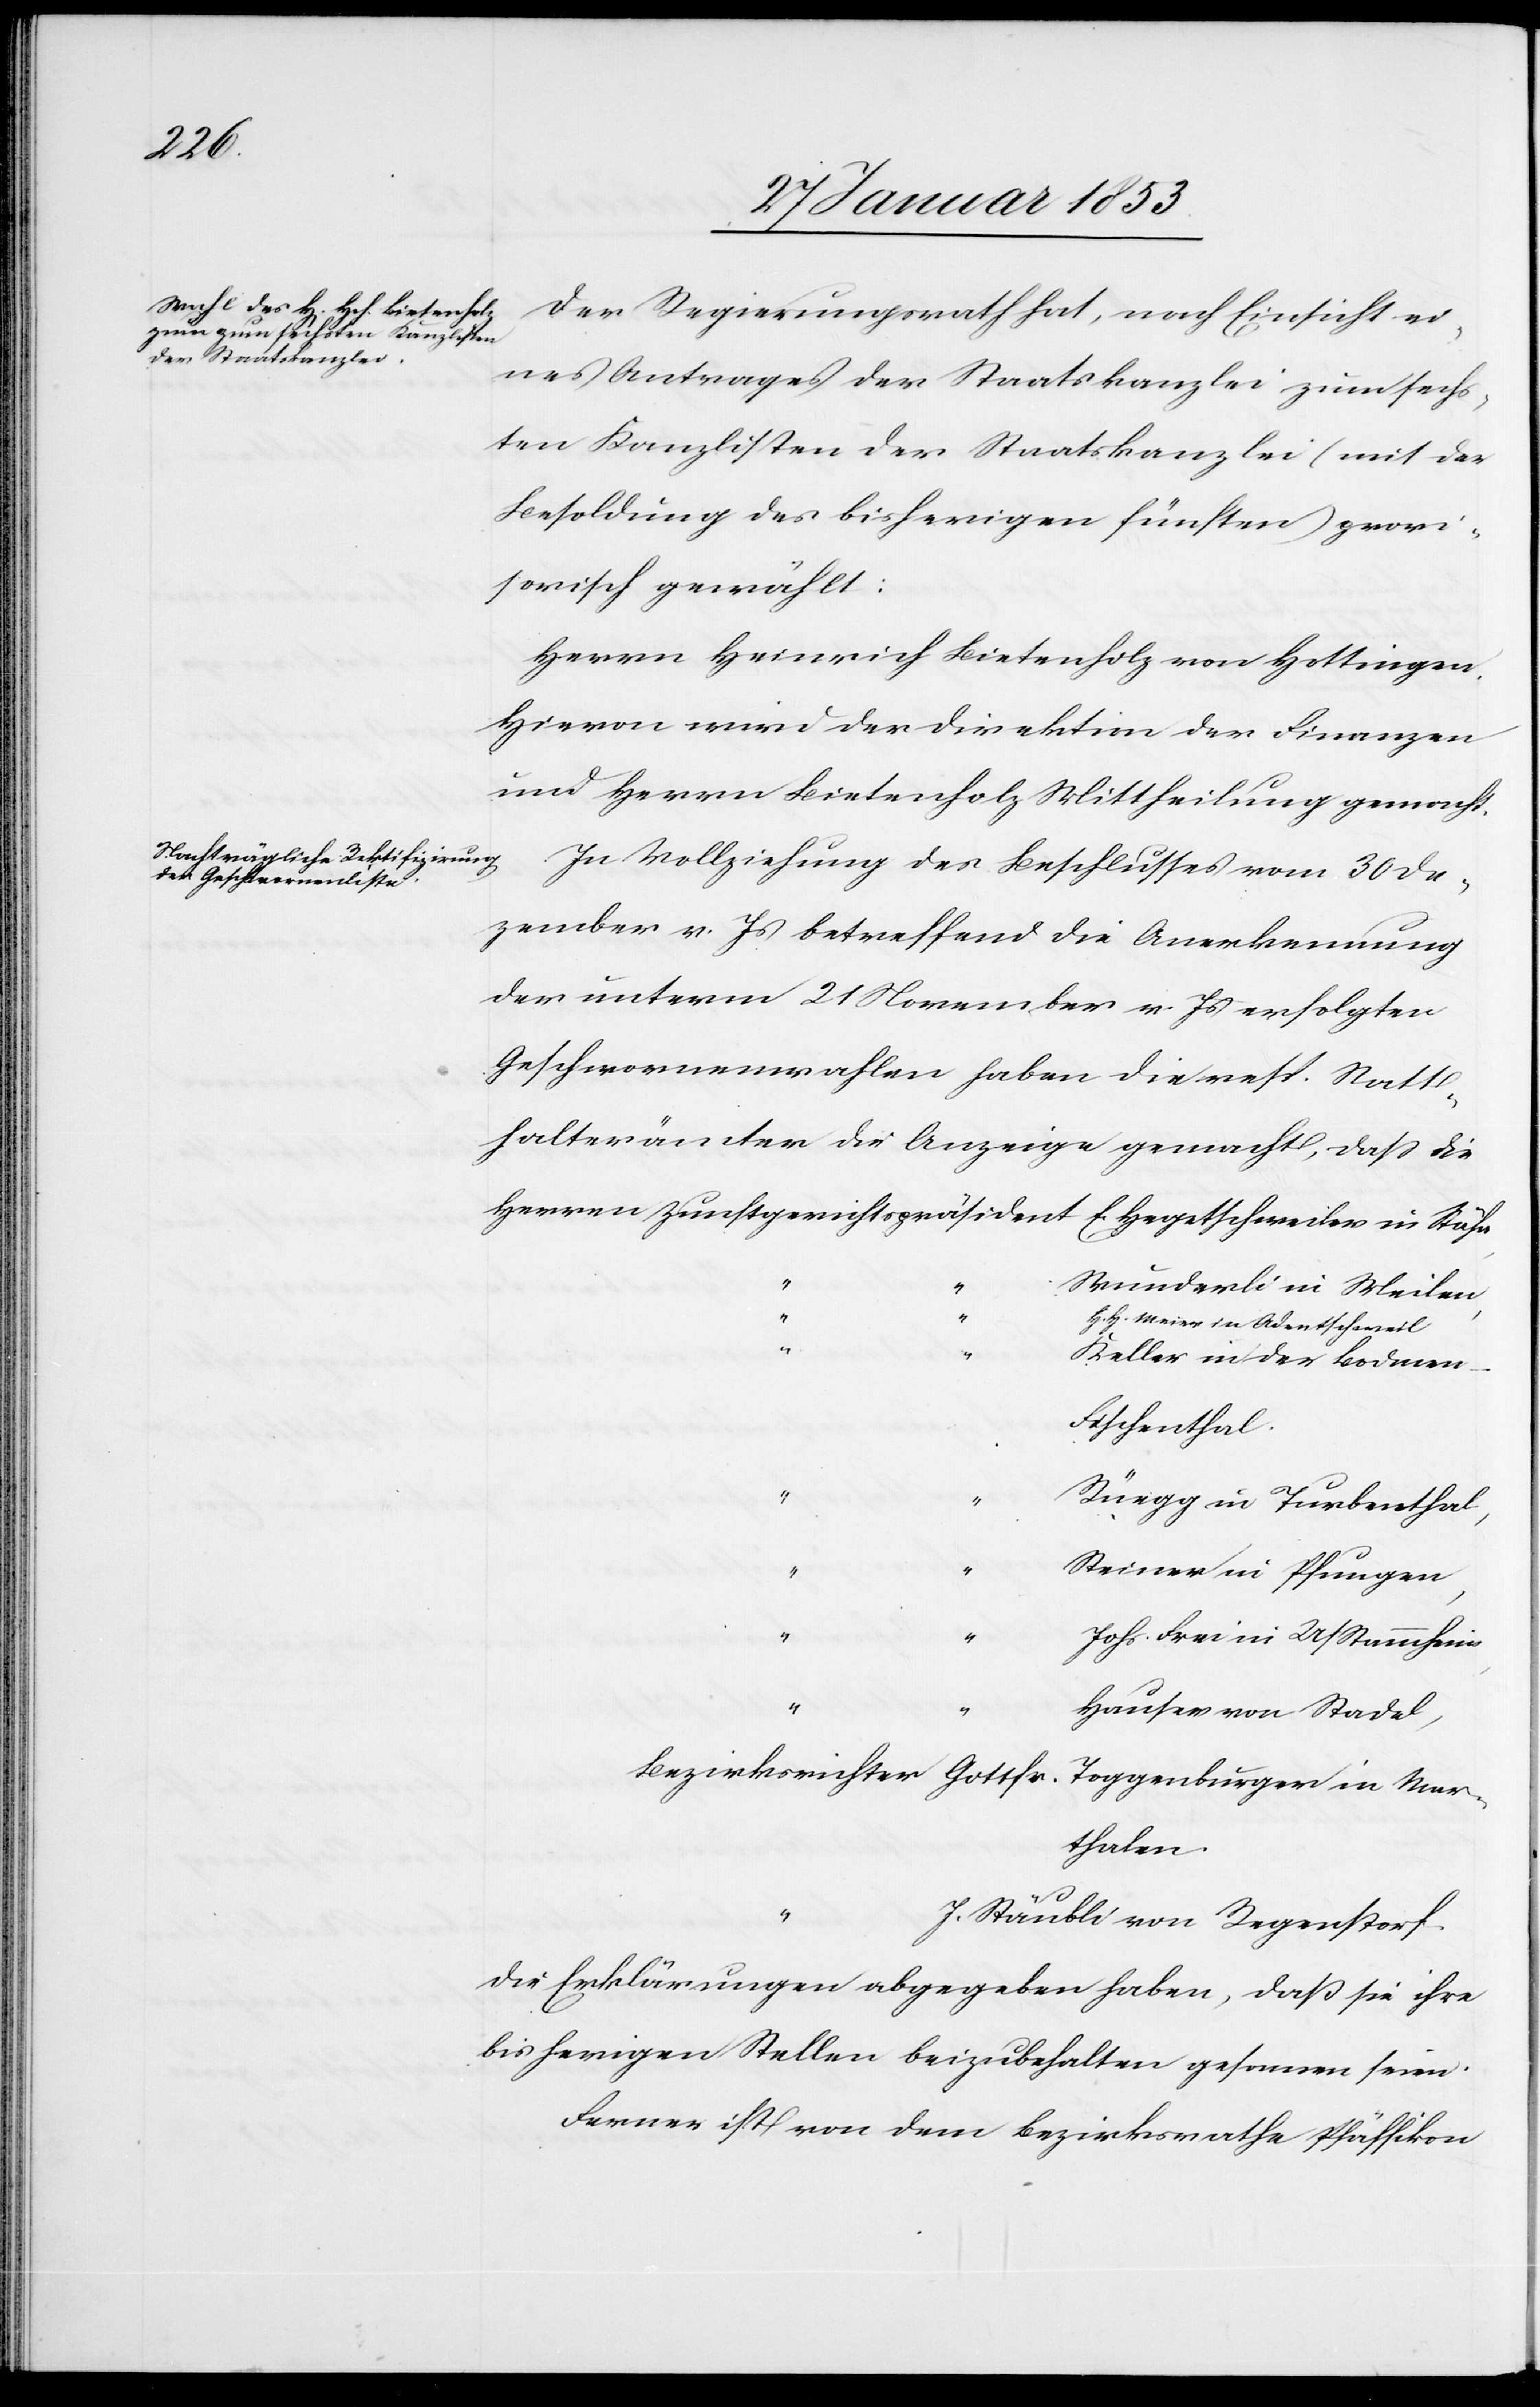
“		H¬

Der Regierungsrath hat, nach Einsicht ei¬
nes Antrages der Staatskanzlei zum sechs¬
ten Kanzlisten der Staatskanzlei (mit
Besoldung des bisherigen fünften) provi¬
sorisch gewählt:
Herrn Heinrich Bietenholz von Hottingen.
Hievon wird die Direktion der Finanzen
und Herrn Bietenholz Mittheilung gemacht.
In Vollziehung des Beschlusses vom 30 De¬
zember v. Js. betreffend die Anerkennung
der unterm 21 November v. Js. erfolgten
Geschworenenwahlen haben die resp. Statt¬
halterämter die Anzeige gemacht, daß die
Herrn Zunftgerichtspräsident	E. Hegetschweiler in Stäfa
“		Wunderli in Meilen,
H. Meier in Adentschweil
eller in der Bodme¬
n-Fischenthal.
“		Rüegg in Turbenthal,
“		Steiner in Pfungen,
“		Johs. Frei in U/Stammheim
ausen von Stadel,
Bezirksrichter	Gottfr. Toggenburger in Mar¬
thalen.
Stäubli von Regenstorf.
Die Erklärungen abgegeben haben, daß sie ihre
bisherigen Stellen beizubehalten gesonnen seien.
Ferner ist von dem Bezirksrathe Pfäffikon